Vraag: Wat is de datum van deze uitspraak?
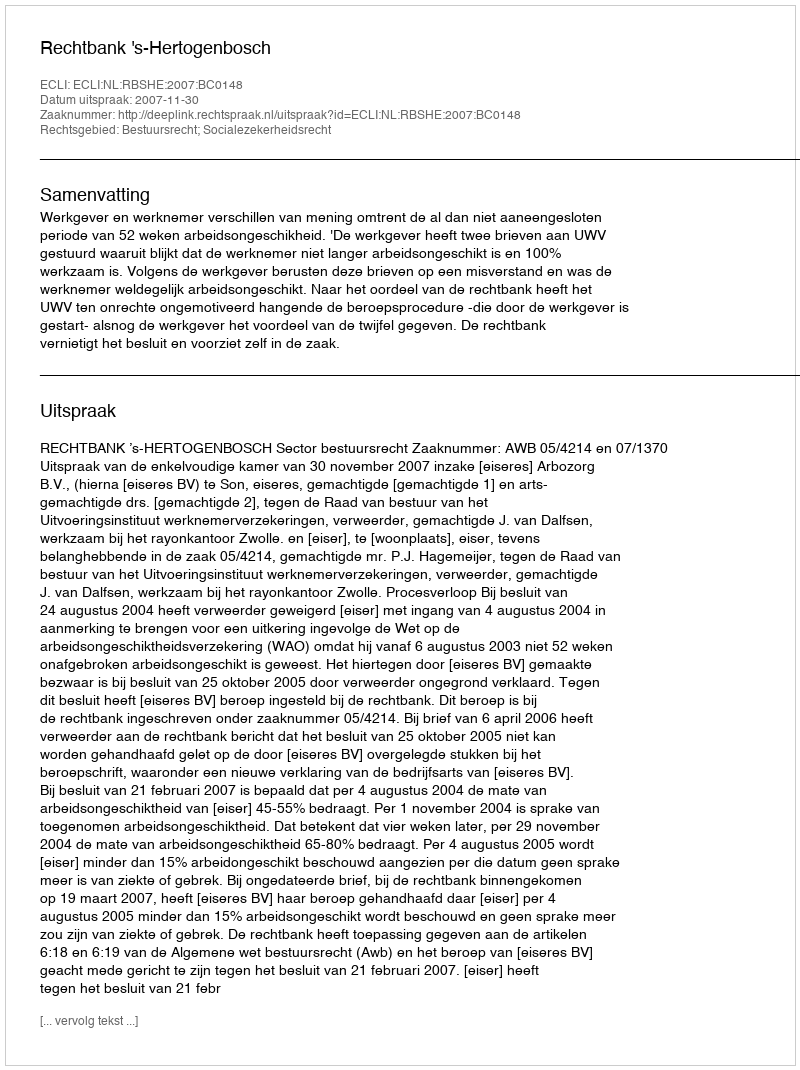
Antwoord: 2007-11-30